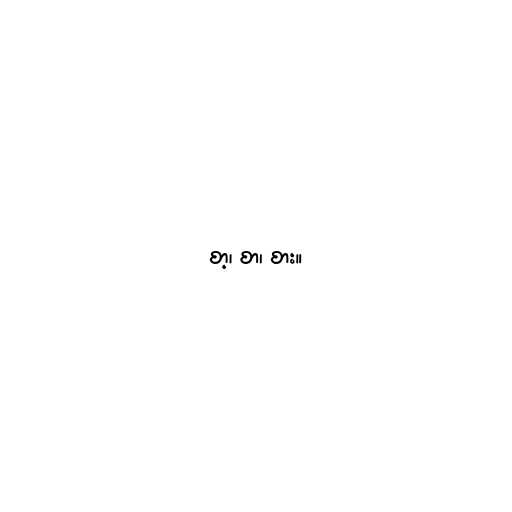
စာ့၊ စာ၊ စား။